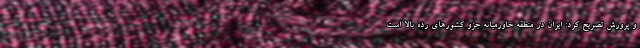
و پرورش تصریح کرد: ایران در منطقه خاورمیانه جزو کشورهای رده بالا است